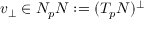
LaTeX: v _ { \perp } \in N _ { p } N : = ( T _ { p } N ) ^ { \perp }